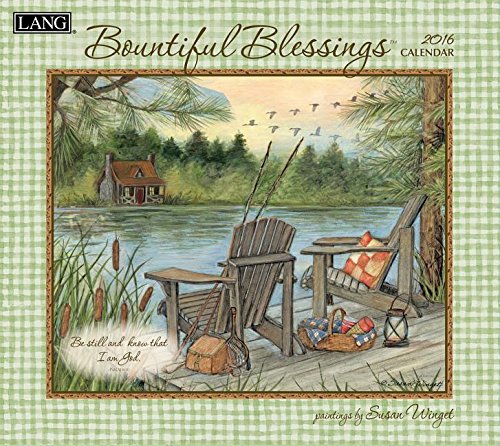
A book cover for Bountiful Blessings; Arts & Photography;